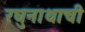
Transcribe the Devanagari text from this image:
रघुनाथाची